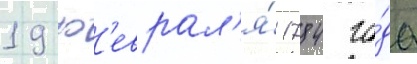
19 ф'еврал'я́ 1784 го́да